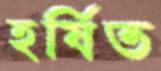
হর্ষিত